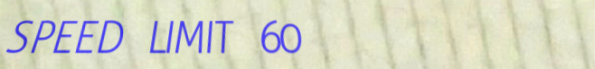
SPEED LIMIT 60